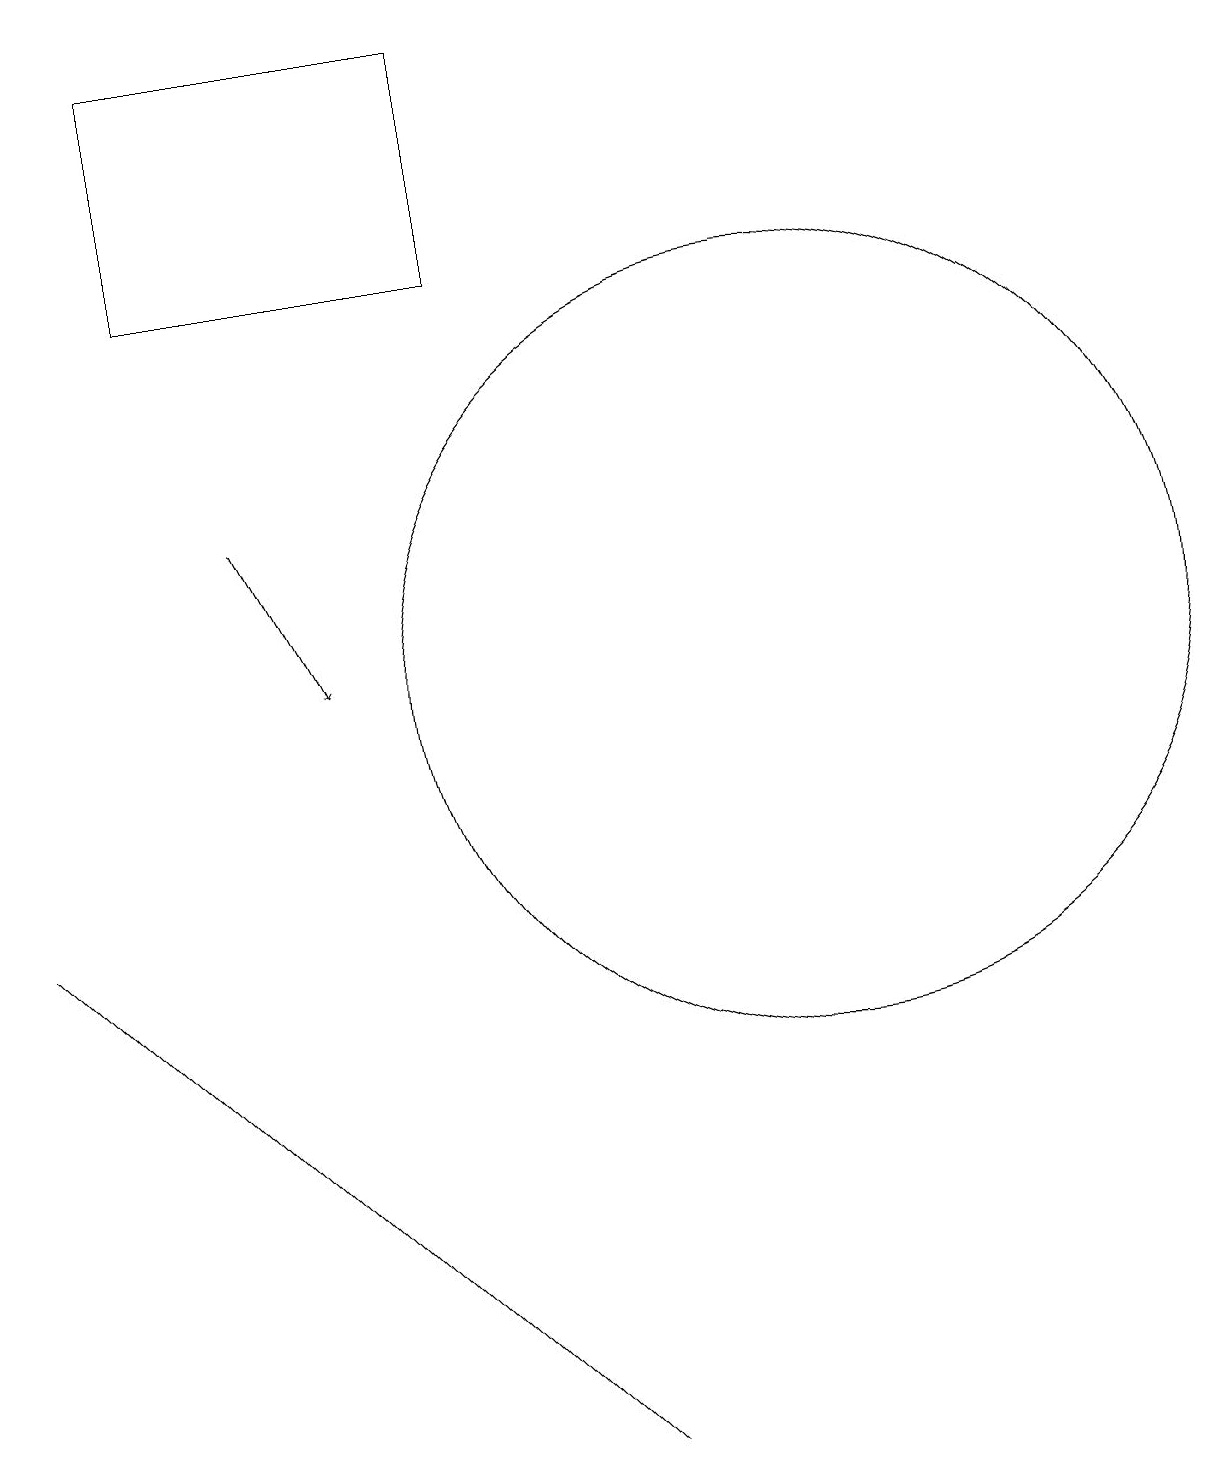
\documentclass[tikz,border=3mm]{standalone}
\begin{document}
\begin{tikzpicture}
\draw (11,11) circle (5);
\draw (10,11) circle (0);
\draw[->] (4,13) -- (5,11);
\draw (4,5) -- (8,1) -- (1,8) -- cycle;
\draw (3,19) rectangle (7,16);
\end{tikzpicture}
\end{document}